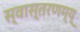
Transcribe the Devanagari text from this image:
स्वास्तरणम्य्